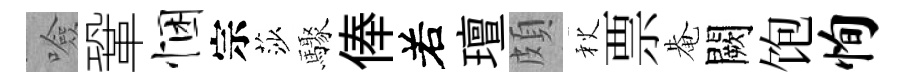
噞鞏悃宗莎驟俸𠰥璮頗秋票𤲅闕饱恂